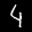
Label: 4